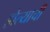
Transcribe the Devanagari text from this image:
होत्याची